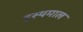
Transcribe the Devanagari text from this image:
इस्थमाल